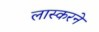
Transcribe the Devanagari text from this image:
लास्करने